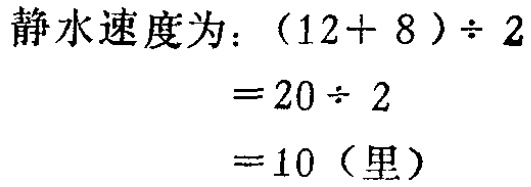
\[

\begin{align*}

\text{静水速度为：}(12 + 8) \div 2&\\

&= 20 \div 2\\

&= 10 (\text{里})

\end{align*}

\]